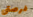
فرصتى